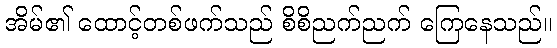
အိမ်၏ ထောင့်တစ်ဖက်သည် စိစိညက်ညက် ကြေနေသည်။